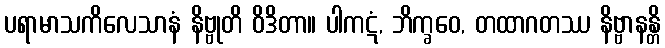
ပရာမာသကိလေသာနံ နိဗ္ဗုတိ ဝိဒိတာ။ ပါကဋံ, ဘိက္ခဝေ, တထာဂတဿ နိဗ္ဗာနန္တိ